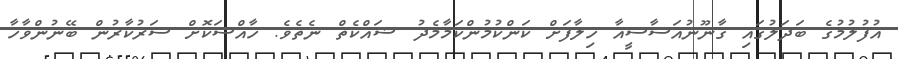
އުފުލުމުގެ ބަދަލުގައި ގާނޫނުއަސާސީއާ ހިލާފަށް ކަންކުމުންކަމާމެދު ޝައްކެތް ނެތެވެ. ހާއްސަކޮށް ސަރުކާރުން ބޭނުންވާހާ